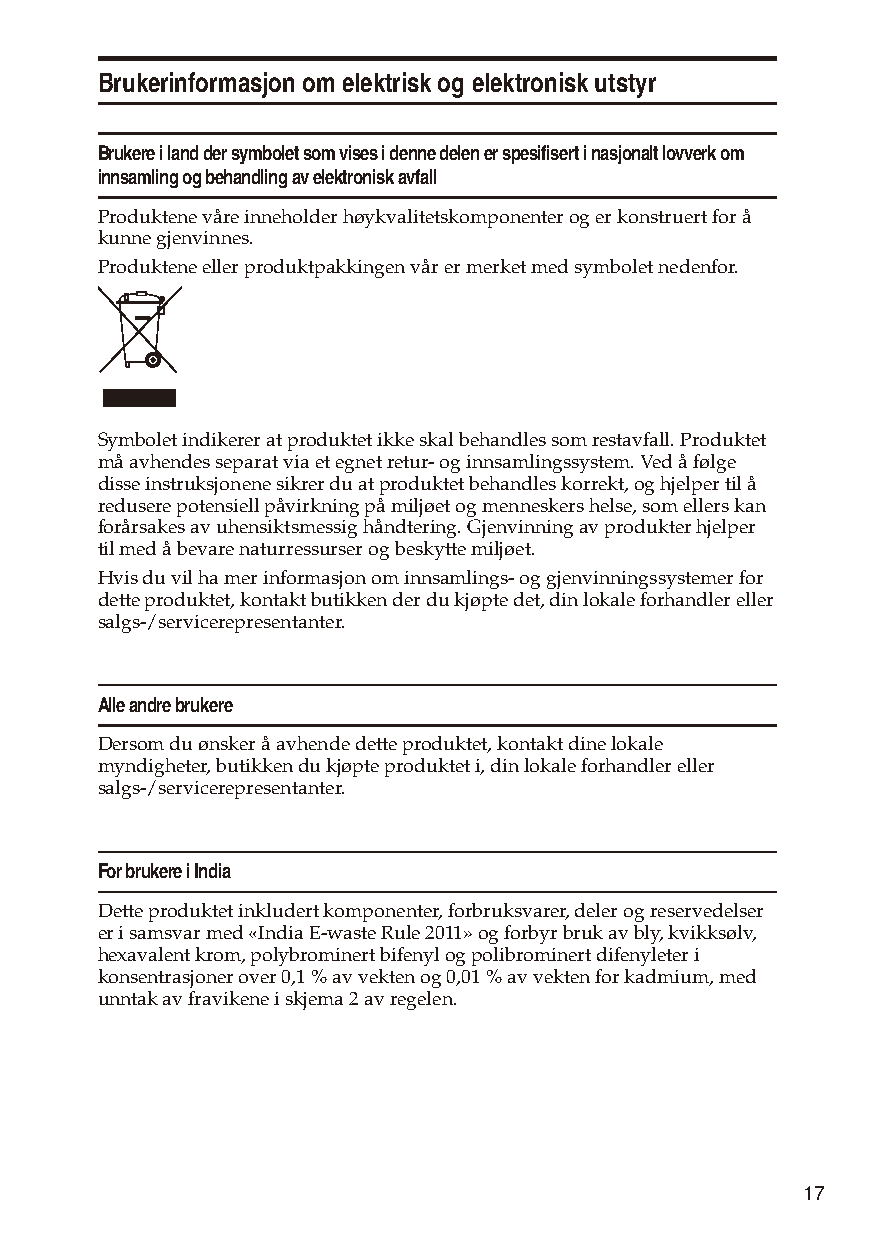
Brukerinformasjon om elektrisk og elektronisk utstyr
 Brukere i land der symbolet som vises i denne delen er spesifisert i nasjonalt lovverk om
 innsamling og behandling av elektronisk avfall
 Produktene våre inneholder høykvalitetskomponenter og er konstruert for å
 kunne gjenvinnes.
 Produktene eller produktpakkingen vår er merket med symbolet nedenfor.
 Symbolet indikerer at produktet ikke skal behandles som restavfall. Produktet
 må avhendes separat via et egnet retur- og innsamlingssystem. Ved å følge
 disse instruksjonene sikrer du at produktet behandles korrekt, og hjelper til å
 redusere potensiell påvirkning på miljøet og menneskers helse, som ellers kan
 forårsakes av uhensiktsmessig håndtering. Gjenvinning av produkter hjelper
 til med å bevare naturressurser og beskytte miljøet.
 Hvis du vil ha mer informasjon om innsamlings- og gjenvinningssystemer for
 dette produktet, kontakt butikken der du kjøpte det, din lokale forhandler eller
 salgs-/servicerepresentanter.
 Alle andre brukere
 Dersom du ønsker å avhende dette produktet, kontakt dine lokale
 myndigheter, butikken du kjøpte produktet i, din lokale forhandler eller
 salgs-/servicerepresentanter.
 For brukere i India
 Dette produktet inkludert komponenter, forbruksvarer, deler og reservedelser
 er i samsvar med «India E-waste Rule 2011» og forbyr bruk av bly, kvikksølv,
 hexavalent krom, polybrominert bifenyl og polibrominert difenyleter i
 konsentrasjoner over 0,1 % av vekten og 0,01 % av vekten for kadmium, med
 unntak av fravikene i skjema 2 av regelen.
 17